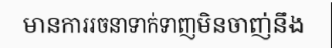
មានការរចនាទាក់ទាញមិនចាញ់នឹង